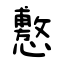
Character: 懯